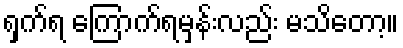
ရှက်ရ ကြောက်ရမှန်းလည်း မသိတော့။